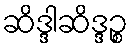
ဆိဒ္ဒါဆိဒ္ဒဉ္စ